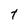
Character: T